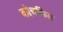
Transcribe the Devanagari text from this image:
कोचकित